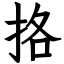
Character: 挌